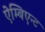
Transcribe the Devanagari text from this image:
ऐम्बिएन्ट